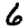
Digit: 6